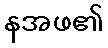
နအဖ၏